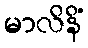
မာလိနိံ